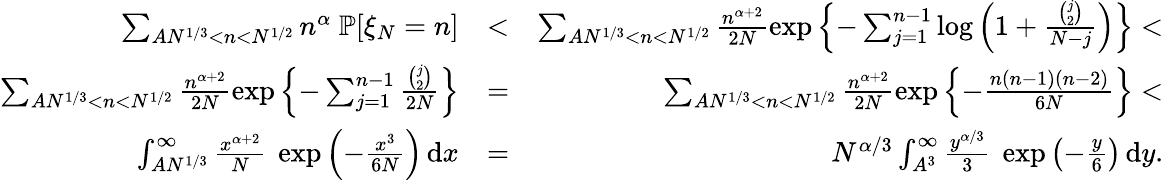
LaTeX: \begin{array}{rlr}{\sum_{AN^{1/3}<n<N^{1/2}}n^{\alpha}~{\mathbb P}[\xi_{N}=n]}&{<}&{\sum_{AN^{1/3}<n<N^{1/2}}\frac{n^{\alpha+2}}{2N}\exp\left\{ -\sum_{j=1}^{n-1}\log\left(1+\frac{{\binom{j}{2}}}{N-j}\right)\right\} <}\\ {\sum_{AN^{1/3}<n<N^{1/2}}\frac{n^{\alpha+2}}{2N}\exp\left\{ -\sum_{j=1}^{n-1}\frac{{\binom{j}{2}}}{2N}\right\} }&{=}&{\sum_{AN^{1/3}<n<N^{1/2}}\frac{n^{\alpha+2}}{2N}\exp\left\{ -\frac{n(n-1)(n-2)}{6N}\right\} <}\\ {\int_{AN^{1/3}}^{\infty}\frac{x^{\alpha+2}}{N}~\exp\left(-\frac{x^{3}}{6N}\right)\, \mathrm{d}x}&{=}&{N^{\alpha/3}\int_{A^{3}}^{\infty}\frac{y^{\alpha/3}}{3}~\exp\left(-\frac{y}{6}\right)\, \mathrm{d}y.}\end{array}